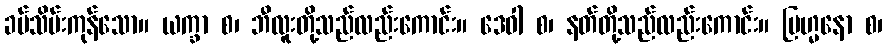
ခပ်သိမ်းကုန်သော။ ယက္ခာ စ၊ ဘီလူးတို့သည်လည်းကောင်း။ ဒေဝါ စ၊ နတ်တို့သည်လည်းကောင်း။ ဗြဟ္မနော စ၊